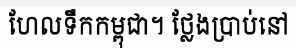
ហែលទឹកកម្ពុជា។ ថ្លែងប្រាប់នៅ